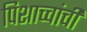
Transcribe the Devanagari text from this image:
पिशाच्चांची